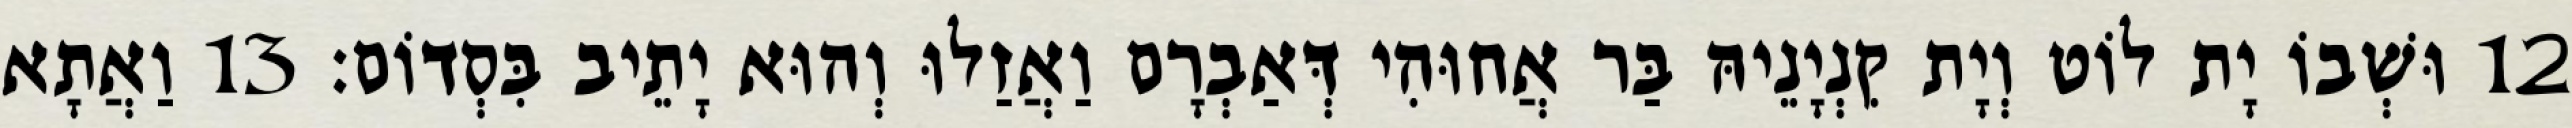
12 וּשְׁבוֹ יָת לוֹט וְיָת קִנְיָנֵיהּ בַּר אֲחוּהִי דְּאַבְרָם וַאֲזַלוּ וְהוּא יָתֵיב בִּסְדוֹם׃ 13 וַאֲתָא